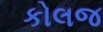
કોલજ